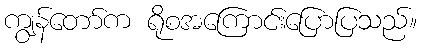
ကျွန်တော်က ရိုစအကြောင်းပြောပြသည်။